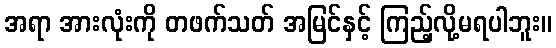
အရာ အားလုံးကို တဖက်သတ် အမြင်နှင့် ကြည့်လို့မရပါဘူး။